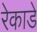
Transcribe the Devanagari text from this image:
रेकाडे